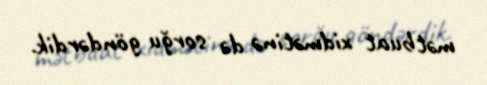
mətbuat xidmətinə də sorğu göndərdik.